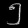
Digit: ၅